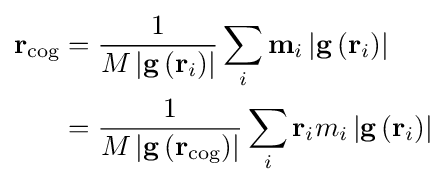
{\begin{aligned}\mathbf {r} _{\mathrm {cog} }&={\frac {1}{M\left|\mathbf {g} \left(\mathbf {r} _{i}\right)\right|}}\sum _{i}\mathbf {m} _{i}\left|\mathbf {g} \left(\mathbf {r} _{i}\right)\right|\\&={\frac {1}{M\left|\mathbf {g} \left(\mathbf {r} _{\mathrm {cog} }\right)\right|}}\sum _{i}\mathbf {r} _{i}m_{i}\left|\mathbf {g} \left(\mathbf {r} _{i}\right)\right|\end{aligned}}\,\!